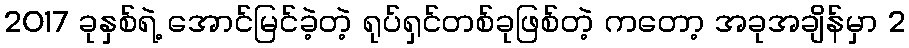
2017 ခုနှစ်ရဲ့ အောင်မြင်ခဲ့တဲ့ ရုပ်ရှင်တစ်ခုဖြစ်တဲ့ ကတော့ အခုအချိန်မှာ 2